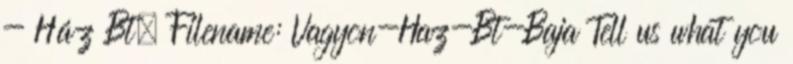
- Ház Bt. Filename: Vagyon-Haz-Bt-Baja Tell us what you